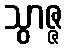
သွာဇ္ဇ